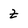
Character: Z